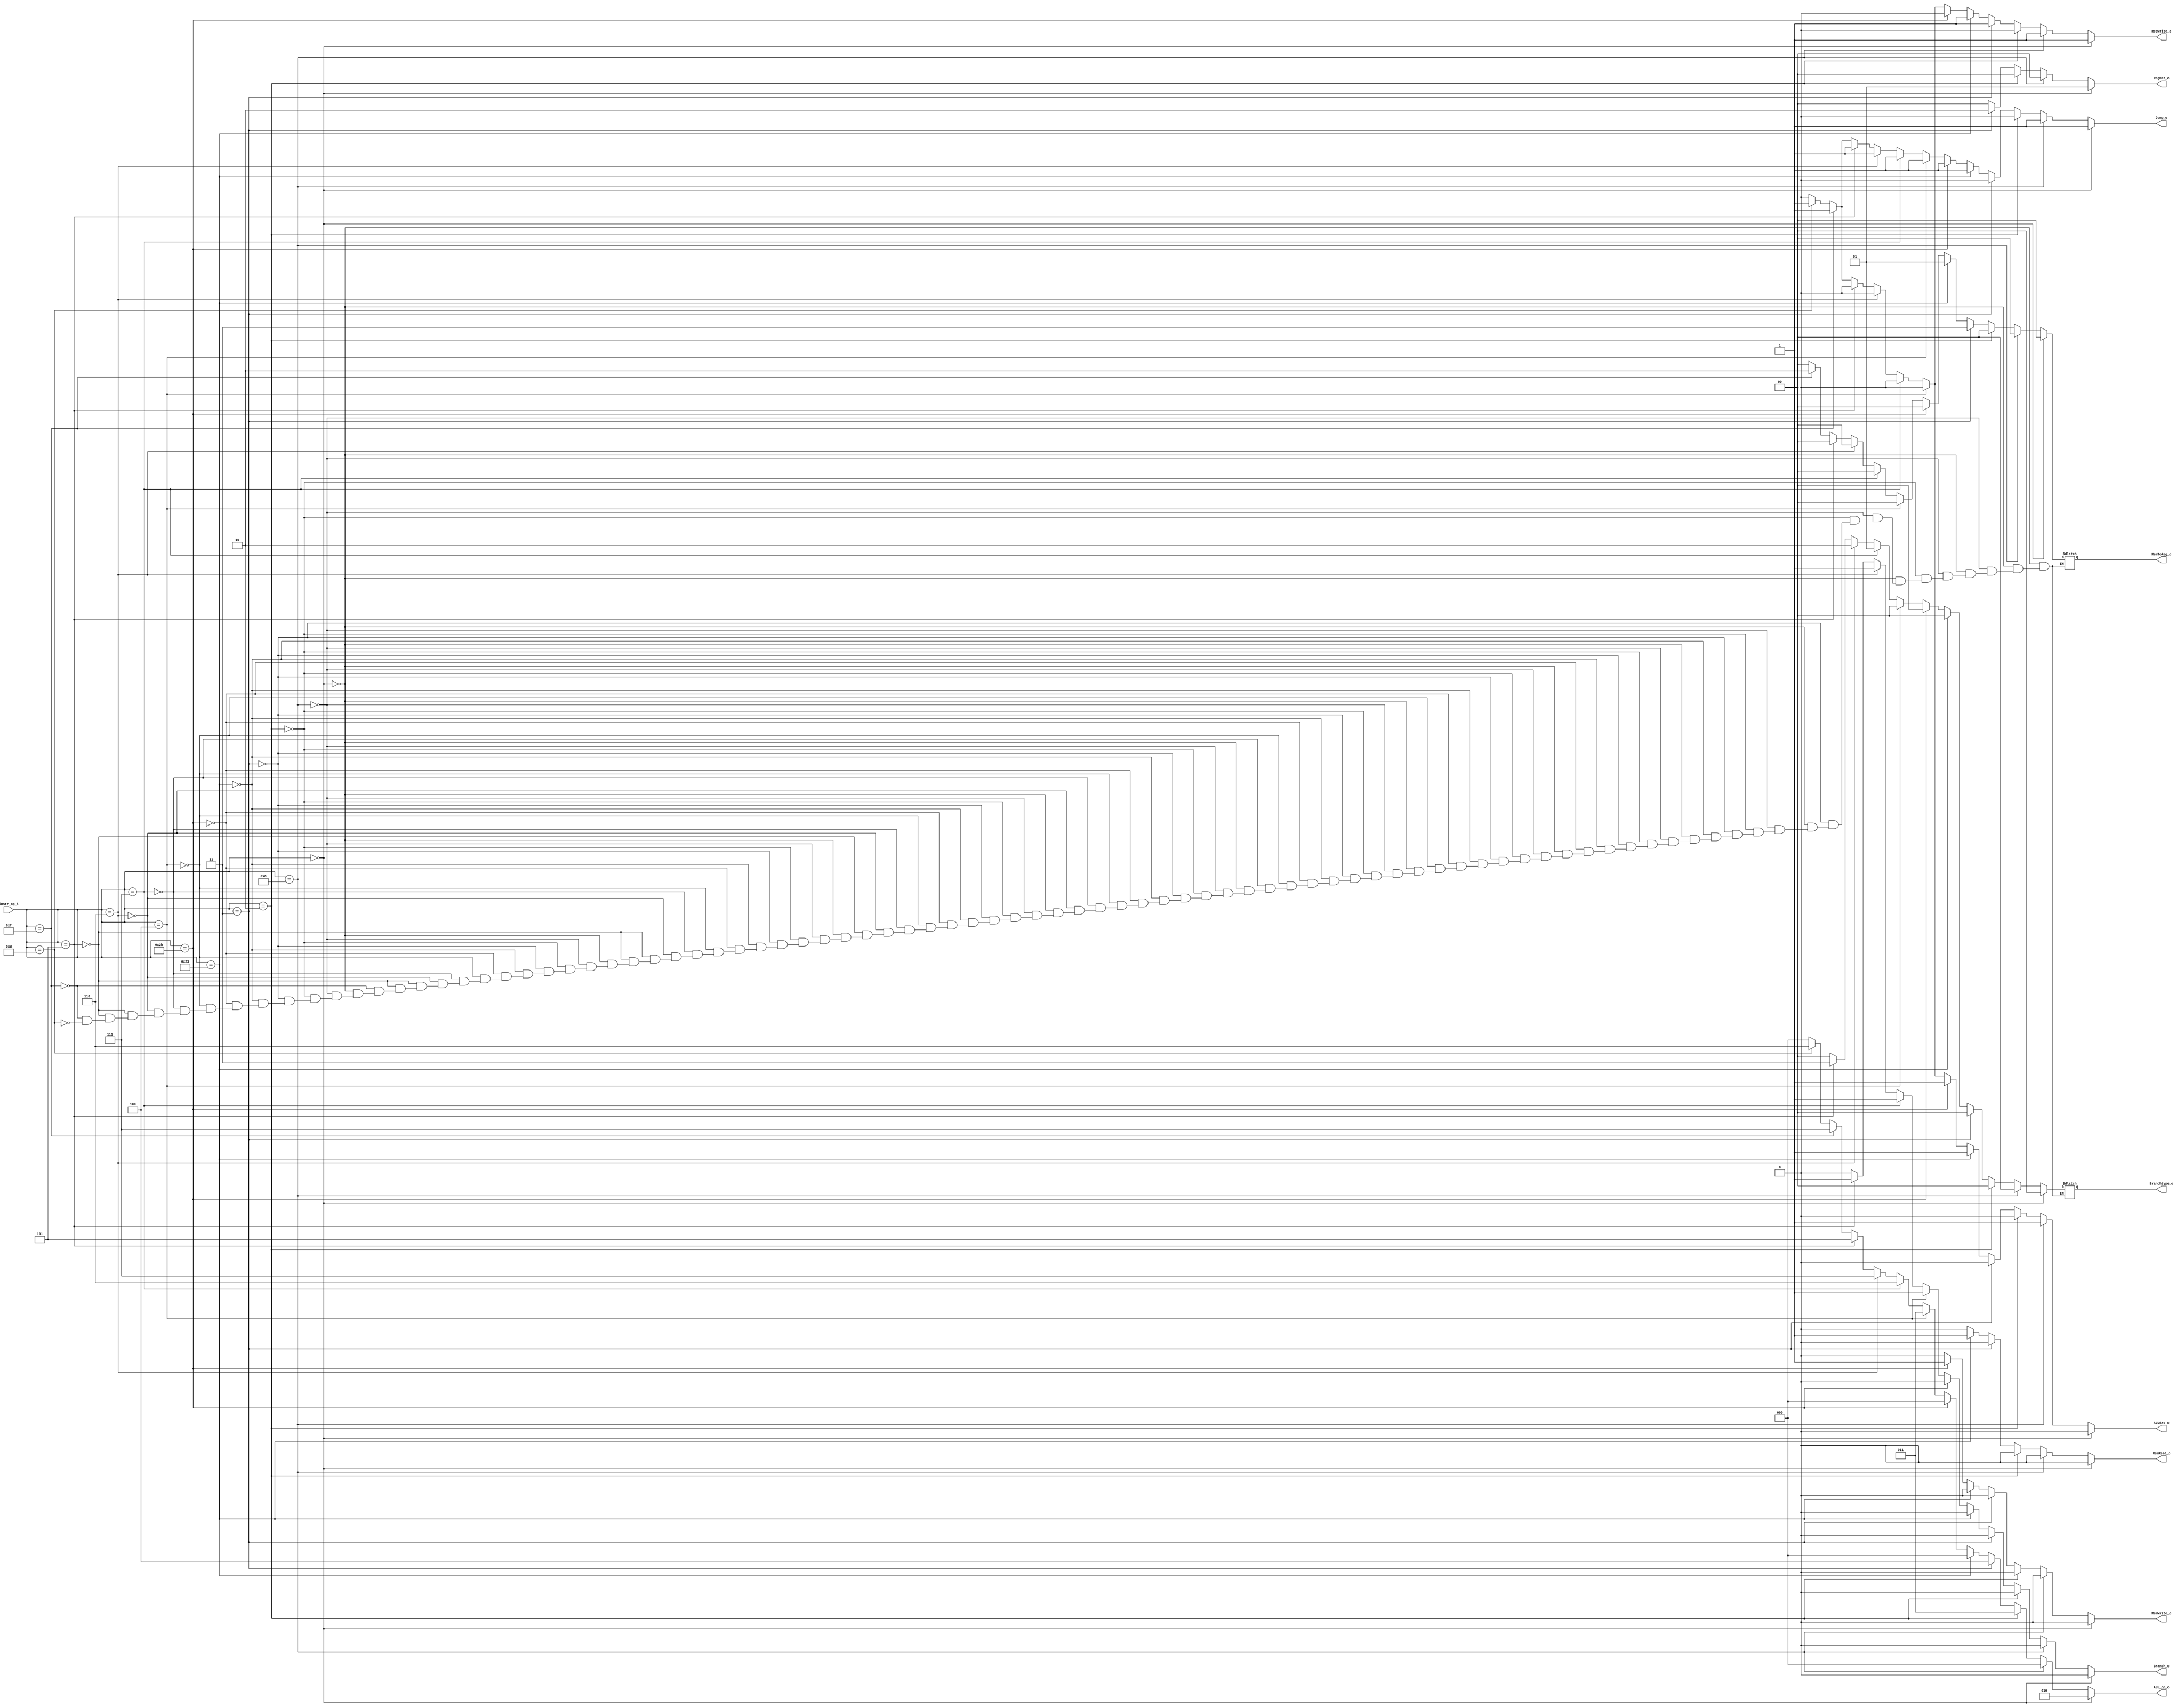
//Subject:     CO project 2 - Decoder
//--------------------------------------------------------------------------------
//Version:     1
//--------------------------------------------------------------------------------
//Writer:     0416001  0416225 
//----------------------------------------------
//Date:        
//----------------------------------------------
//Description: 
//--------------------------------------------------------------------------------

module Decoder(
    instr_op_i,
	RegWrite_o,
	ALU_op_o,
	ALUSrc_o,
	RegDst_o,
	Branch_o,
	Jump_o,
	MemRead_o,
	MemWrite_o,
	MemToReg_o,
	Branchtype_o
	);
     
//I/O ports
input  [6-1:0] instr_op_i;

output         RegWrite_o;
output [3-1:0] ALU_op_o;
output         ALUSrc_o;
output [1:0]   RegDst_o;
output         Branch_o;
output 			Jump_o; 	
output			MemRead_o;
output			MemWrite_o;
output [1:0]	MemToReg_o;
output [2-1:0]	Branchtype_o;

//Internal Signals
reg    [3-1:0] ALU_op_o;
reg            ALUSrc_o;
reg            RegWrite_o;
reg    [1:0]   RegDst_o;
reg            Branch_o;
reg				Jump_o;
reg 				MemRead_o;
reg 				MemWrite_o;
reg	[1:0]		MemToReg_o;
reg	[2-1:0]  Branchtype_o;
//Parameter
parameter R_type = 6'b000000;
parameter beq = 6'b000100;
parameter bne = 6'b000101;
parameter addi = 6'b001000;
parameter sll = 6'b000000;
parameter sllv = 6'b000000;
parameter lui = 6'b001111;
parameter ori = 6'b001101;
parameter lw=6'b100011;
parameter sw=6'b101011;
parameter jump = 6'b000010;
parameter li = 6'b001111;
parameter ble = 6'b000111;
parameter blt = 6'b000110;
parameter bnez= 6'b000101; 
parameter jal = 6'b000011;
//Main function
always@(*) begin
	if(instr_op_i == R_type) begin
		MemRead_o = 1'b0;
		MemWrite_o = 1'b0;
		Jump_o = 1'b1;
		Branch_o = 1'b0;
		ALUSrc_o = 1'b0;
		ALU_op_o = 3'b010;
		RegDst_o = 2'b01;
		RegWrite_o = 1'b1;
		Branchtype_o = 2'b00;
		MemToReg_o = 2'b00;
	end 
	else if(instr_op_i == addi) begin
		MemRead_o = 1'b0;
		MemWrite_o = 1'b0;
		Jump_o = 1'b1;
		Branch_o = 1'b0;
		ALUSrc_o = 1'b1;
		ALU_op_o = 3'b000;
		RegDst_o = 2'b00;
		RegWrite_o = 1'b1;	
		Branchtype_o = 2'b00;
		MemToReg_o = 2'b00;
	end
	else if(instr_op_i == jump)begin
		MemRead_o = 1'b0;
		MemWrite_o = 1'b0;
		Jump_o = 1'b0;
		Branch_o = 1'b0;
		ALUSrc_o = 1'b0;
		ALU_op_o = 3'b011;
		RegDst_o = 2'b00;
		RegWrite_o = 1'b0;
		Branchtype_o = 2'b00;
		MemToReg_o = 2'b00;
	end
	else if(instr_op_i == jal)begin
		MemRead_o = 1'b0;
		MemWrite_o = 1'b0;
		Jump_o = 1'b0;
		Branch_o = 1'b0;
		ALUSrc_o = 1'b0;
		ALU_op_o = 3'b100;
		RegDst_o = 2'b10;
		RegWrite_o = 1'b1;
		Branchtype_o = 2'b00;
		MemToReg_o = 2'b11;
	end
	else if(instr_op_i == lw)begin
		MemRead_o = 1'b1;
		MemWrite_o = 1'b0;
		Jump_o = 1'b1;
		Branch_o = 1'b0;
		ALUSrc_o = 1'b1;
		ALU_op_o = 3'b000;
		RegDst_o = 2'b00;
		RegWrite_o = 1'b1;
		Branchtype_o = 2'b00;
		MemToReg_o = 2'b01;
	end
	else if(instr_op_i == sw)begin
		MemRead_o = 1'b0;
		MemWrite_o = 1'b1;
		Jump_o = 1'b1;
		Branch_o = 1'b0;
		ALUSrc_o = 1'b1;
		ALU_op_o = 3'b000;
		RegDst_o = 2'b00;
		RegWrite_o = 1'b0;
		Branchtype_o = 2'b00;
		MemToReg_o = 2'b00;
	end
	else if(instr_op_i == beq) begin
		MemRead_o = 1'b0;
		MemWrite_o = 1'b0;
		Jump_o = 1'b1;
		Branch_o = 1'b1;
		ALUSrc_o = 1'b0;
		ALU_op_o = 3'b011;
		RegDst_o = 2'b00;
		RegWrite_o = 1'b0;
		Branchtype_o = 2'b00;
		MemToReg_o = 2'b00;
	end	
	else if(instr_op_i == ble) begin
		MemRead_o = 1'b0;
		MemWrite_o = 1'b0;
		Jump_o = 1'b1;
		Branch_o = 1'b1;
		ALUSrc_o = 1'b0;
		ALU_op_o = 3'b110;
		RegDst_o = 2'b00;
		RegWrite_o = 1'b0;
		Branchtype_o = 2'b01;
		MemToReg_o = 2'b00;
	end	
	else if(instr_op_i == blt) begin
		MemRead_o = 1'b0;
		MemWrite_o = 1'b0;
		Jump_o = 1'b1;
		Branch_o = 1'b1;
		ALUSrc_o = 1'b0;
		ALU_op_o = 3'b111;
		RegDst_o = 2'b00;
		RegWrite_o = 1'b0;
		Branchtype_o = 2'b10;
		MemToReg_o = 2'b00;
	end	
	else if(instr_op_i == bnez) begin
		MemRead_o = 1'b0;
		MemWrite_o = 1'b0;
		Jump_o = 1'b1;
		Branch_o = 1'b1;
		ALUSrc_o = 1'b0;
		ALU_op_o = 3'b101;
		RegDst_o = 2'b00;
		RegWrite_o = 1'b0;
		Branchtype_o = 2'b11;
		MemToReg_o = 2'b00;
	end	
	else if(instr_op_i == bne) begin
		MemRead_o = 1'b0;
		MemWrite_o = 1'b0;
		Jump_o = 1'b1;
		Branch_o = 1'b1;
		ALUSrc_o = 1'b0;
		ALU_op_o = 3'b001;
		RegDst_o = 2'b00;
		RegWrite_o = 1'b0;	
		Branchtype_o = 2'b11;
		MemToReg_o = 2'b00;
	end
	else if(instr_op_i == li) begin
		MemRead_o = 1'b0;
		MemWrite_o = 1'b0;
		Jump_o = 1'b1;
		Branch_o = 1'b0;
		ALUSrc_o = 1'b1;
		ALU_op_o = 3'b111; 
		RegDst_o = 2'b00;
		RegWrite_o = 1'b1;	
		Branchtype_o = 2'b00;
		MemToReg_o = 2'b10;		
	end
	else if(instr_op_i == ori) begin
		MemRead_o = 1'b0;
		MemWrite_o = 1'b0;
		Jump_o = 1'b1;
		Branch_o = 1'b0;
		ALUSrc_o = 1'b1;
		ALU_op_o = 3'b110; 
		RegDst_o = 2'b00;
		RegWrite_o = 1'b1;
		Branchtype_o = 2'b00;
		MemToReg_o = 2'b00;
	end
	else begin
		/*MemRead_o = MemRead_o;
		MemWrite_o = MemWrite_o;
		Jump_o = Jump_o;
		Branch_o = Branch_o;
		ALUSrc_o = ALUSrc_o;
		ALU_op_o = ALU_op_o;
		RegDst_o = RegDst_o;
		RegWrite_o = RegWrite_o;	*/
		MemRead_o = 0;
		MemWrite_o = 0;
		Jump_o = 0;
		Branch_o = 0;
		ALUSrc_o = 0;
		ALU_op_o = 0;
		RegDst_o = 0;
		RegWrite_o = 0;
	end
	end
endmodule